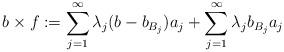
LaTeX: \begin{align*}b \times f:= \sum_{j=1}^\infty \lambda_j (b-b_{B_j})a_j + \sum_{j=1}^\infty \lambda_j b_{B_j} a_j\end{align*}